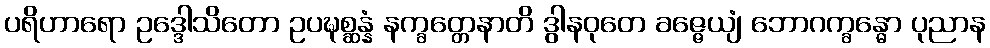
ပရိဟာရော ဥဒ္ဒေါသိတော ဥပဍ္ဎစ္ဆန္နံ နက္ခတ္တေနာတိ ဒွါနဝုတေ ခဇ္ဇေယျံ ဘောဂက္ခန္ဓော ပုညာန